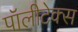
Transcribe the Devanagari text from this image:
पॉलीटेक्स